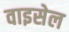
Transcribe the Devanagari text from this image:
वाइसेल